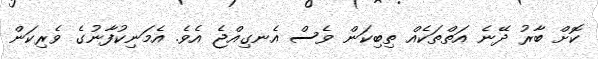
ކޮށް ބާރު ދޭނެ އަތްތަކެއް ތިބިކަން ވެސް އެނގިއްޖެ އެވެ. އެމަނިކުފާނުގެ ވެރިކަން